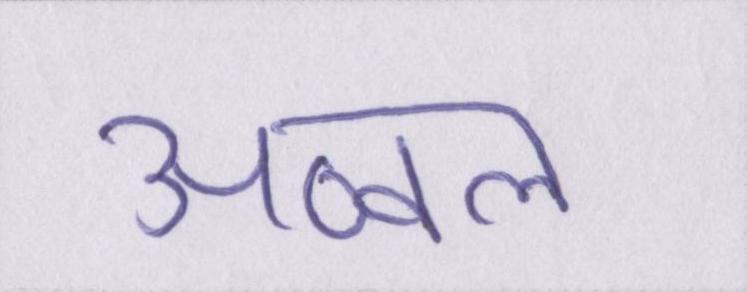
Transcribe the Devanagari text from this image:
अव्वल